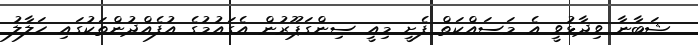
ޝަބާނާ ވިދާޅުވީ އެ މަސައްކަތް ފެށީ މިއީ ސިންގަޕޫރުން އެގައުމުގެ އުފެއްދުންތަކުގައި ހަލާލު